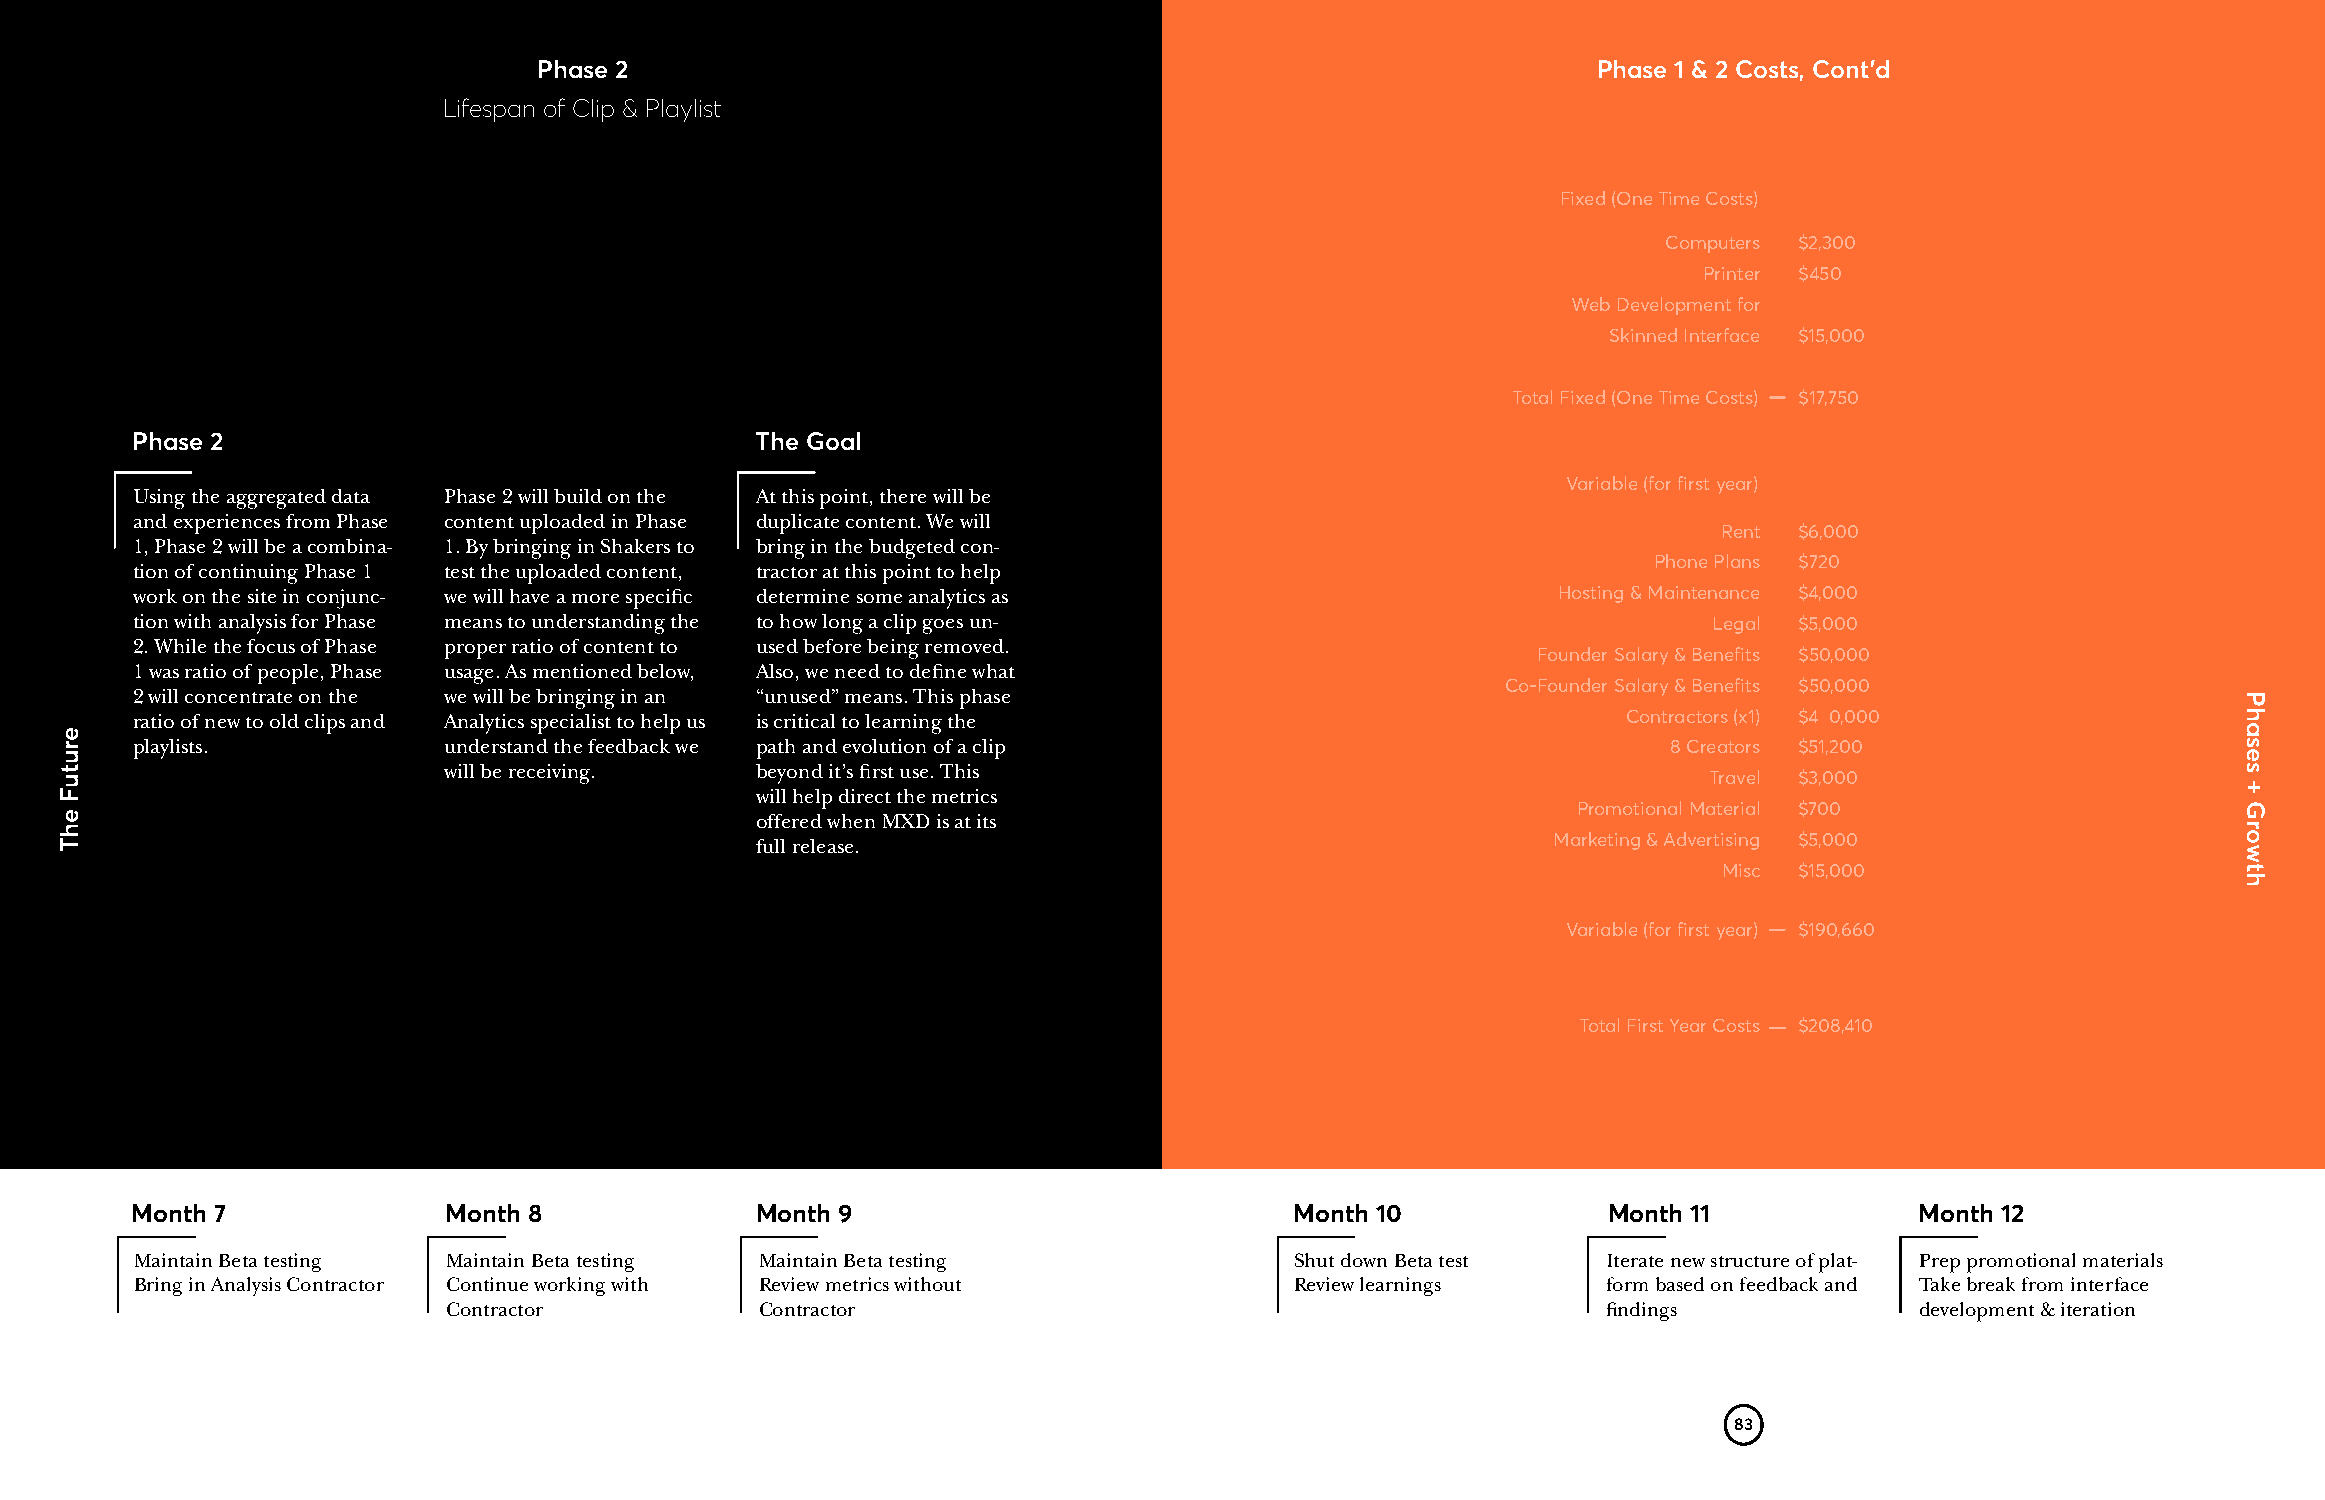
Phase 2                                                               Phase 1 & 2 Costs, Cont’d
 Lifespan of Clip & Playlist
 Fixed (One Time Costs)
 Computers $2,300
 Printer $450
 Web Development for
 Skinned Interface $15,000
 Total Fixed (One Time Costs) $17,750
 Phase 2                                  The Goal
 Variable (for first year)
 Using the aggregated data Phase 2 will build on the At this point, there will be
 and experiences from Phase content uploaded in Phase duplicate content. We will
 Rent $6,000
 1, Phase 2 will be a combina- 1. By bringing in Shakers to bring in the budgeted con-
 Phone Plans $720
 tion of continuing Phase 1 test the uploaded content, tractor at this point to help
 work on the site in conjunc- we will have a more specific determine some analytics as         Hosting & Maintenance $4,000
 tion with analysis for Phase means to understanding the to how long a clip goes un-                     Legal $5,000
 2. While the focus of Phase proper ratio of content to used before being removed.
 Founder Salary & Benefits $50,000
 1 was ratio of people, Phase usage. As mentioned below, Also, we need to define what
 Co-Founder Salary & Benefits $50,000
 2 will concentrate on the we will be bringing in an “unused” means. This phase
 ratio of new to old clips and Analytics specialist to help us is critical to learning the          Contractors (x1) $4 0,000
 playlists.          understand the feedback we path and evolution of a clip                           8 Creators $51,200
 will be receiving.   beyond it’s first use. This
 Travel $3,000
 will help direct the metrics
 Promotional Material $700
 offered when MXD is at its
 full release.                                        Marketing & Advertising $5,000
 Misc $15,000
 Variable (for first year) $190,660
 Total First Year Costs $208,410
 Month 7             Month 8              Month 9                             Month 10            Month 11             Month 12
 Maintain Beta testing Maintain Beta testing Maintain Beta testing            Shut down Beta test Iterate new structure of plat- Prep promotional materials
 Bring in Analysis Contractor Continue working with Review metrics without    Review learnings    form based on feedback and Take break from interface
 Contractor          Contractor                                              findings             development & iteration
 83
 erutuF
 ehT
 Phases
 +
 Growth